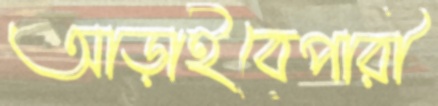
আড়াইবেপারী